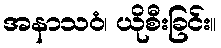
အနာသဝံ၊ ယိုစီးခြင်း။